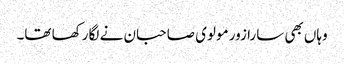
وہاں بھی سارا زور مولوی صاحبان نے لگا رکھا تھا۔